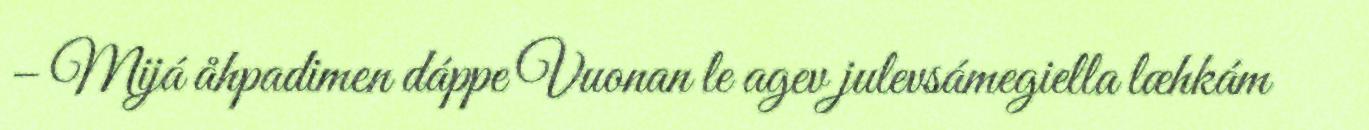
– Mijá åhpadimen dáppe Vuonan le agev julevsámegiella læhkám